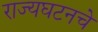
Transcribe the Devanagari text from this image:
राज्यघटनचे